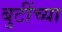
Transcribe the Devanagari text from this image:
बुटींच्या